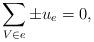
LaTeX: \begin{align*} \sum_{V\in e} \pm u_e= 0,\end{align*}